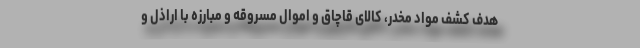
هدف کشف مواد مخدر، کالای قاچاق و اموال مسروقه و مبارزه با اراذل و